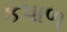
કપાળ